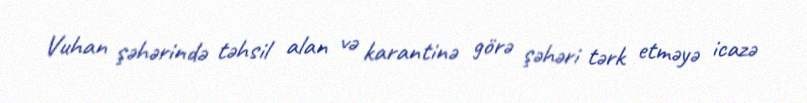
Vuhan şəhərində təhsil alan və karantinə görə şəhəri tərk etməyə icazə